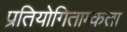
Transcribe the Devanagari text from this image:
प्रतियोगिताम्कता